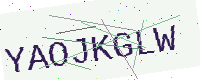
Text: YAOJKGLW